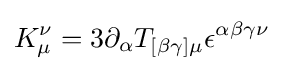
K_{\mu }^{\nu }=3\partial _{\alpha }T_{[\beta \gamma ]\mu }\epsilon ^{\alpha \beta \gamma \nu }